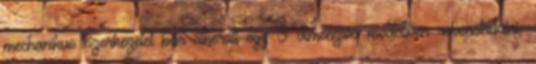
mechanikus szerkezetet bár sikerült egy 3 dimenziós modellben rekonstruálni,